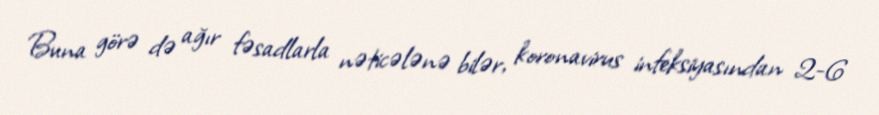
Buna görə də ağır fəsadlarla nəticələnə bilər, koronavirus infeksiyasından 2-6